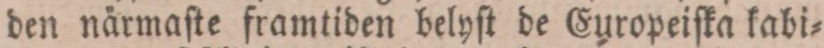
den närmaſte framtiden belyſt de Europeiſka kabi=